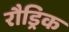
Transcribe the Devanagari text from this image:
रौड्रिक